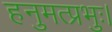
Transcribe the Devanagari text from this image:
हनुमत्प्रभुः।